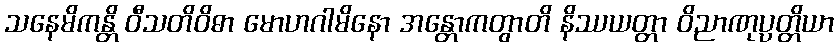
သနေမိကန္တိ ဝီသတိဝိဓာ မောဟဂါမိနော အန္တောကတွာတိ နိဿယတ္တာ ဝိညာဏုပ္ပတ္တိယာ